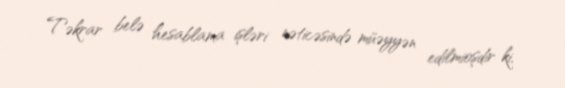
Təkrar belə hesablama işləri nəticəsində müəyyən edilmioşdir ki,